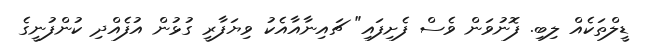
ޑީލްތަކެއް ލިބި. ފޮނުވަން ވެސް ފެށިފައި" ޗައިނާއާއެކު ވިޔަފާރީ ގުޅުން އުފެއްދި ކުންފުނީގެ